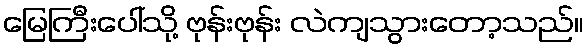
မြေကြီးပေါ်သို့ ဗုန်းဗုန်း လဲကျသွားတော့သည်။